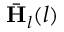
\bar { \mathbf { H } } _ { l } ( l )